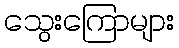
သွေးကြောများ